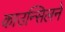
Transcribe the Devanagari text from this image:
काउन्सिलने